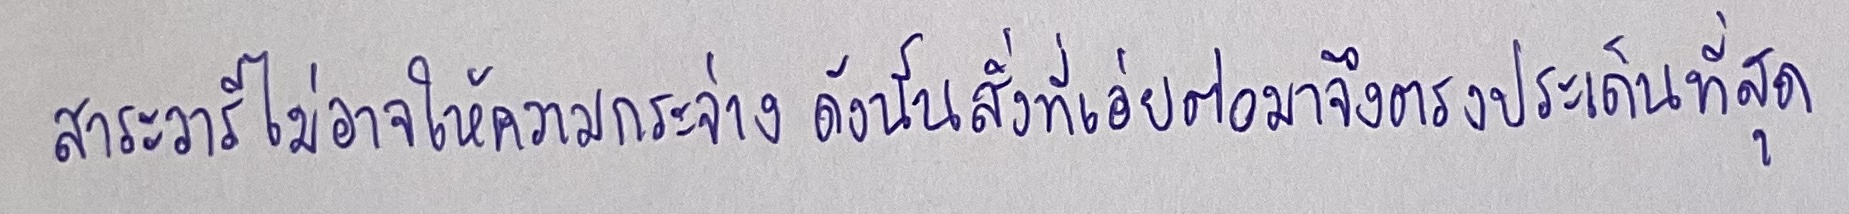
สาระวารีไม่อาจให้ความกระจ่างดังนั้นสิ่งที่เอ่ยต่อมาจึงตรงประเด็นที่สุด